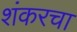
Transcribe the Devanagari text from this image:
शंकरचा